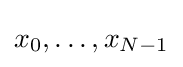
x_{0},\ldots ,x_{N-1}